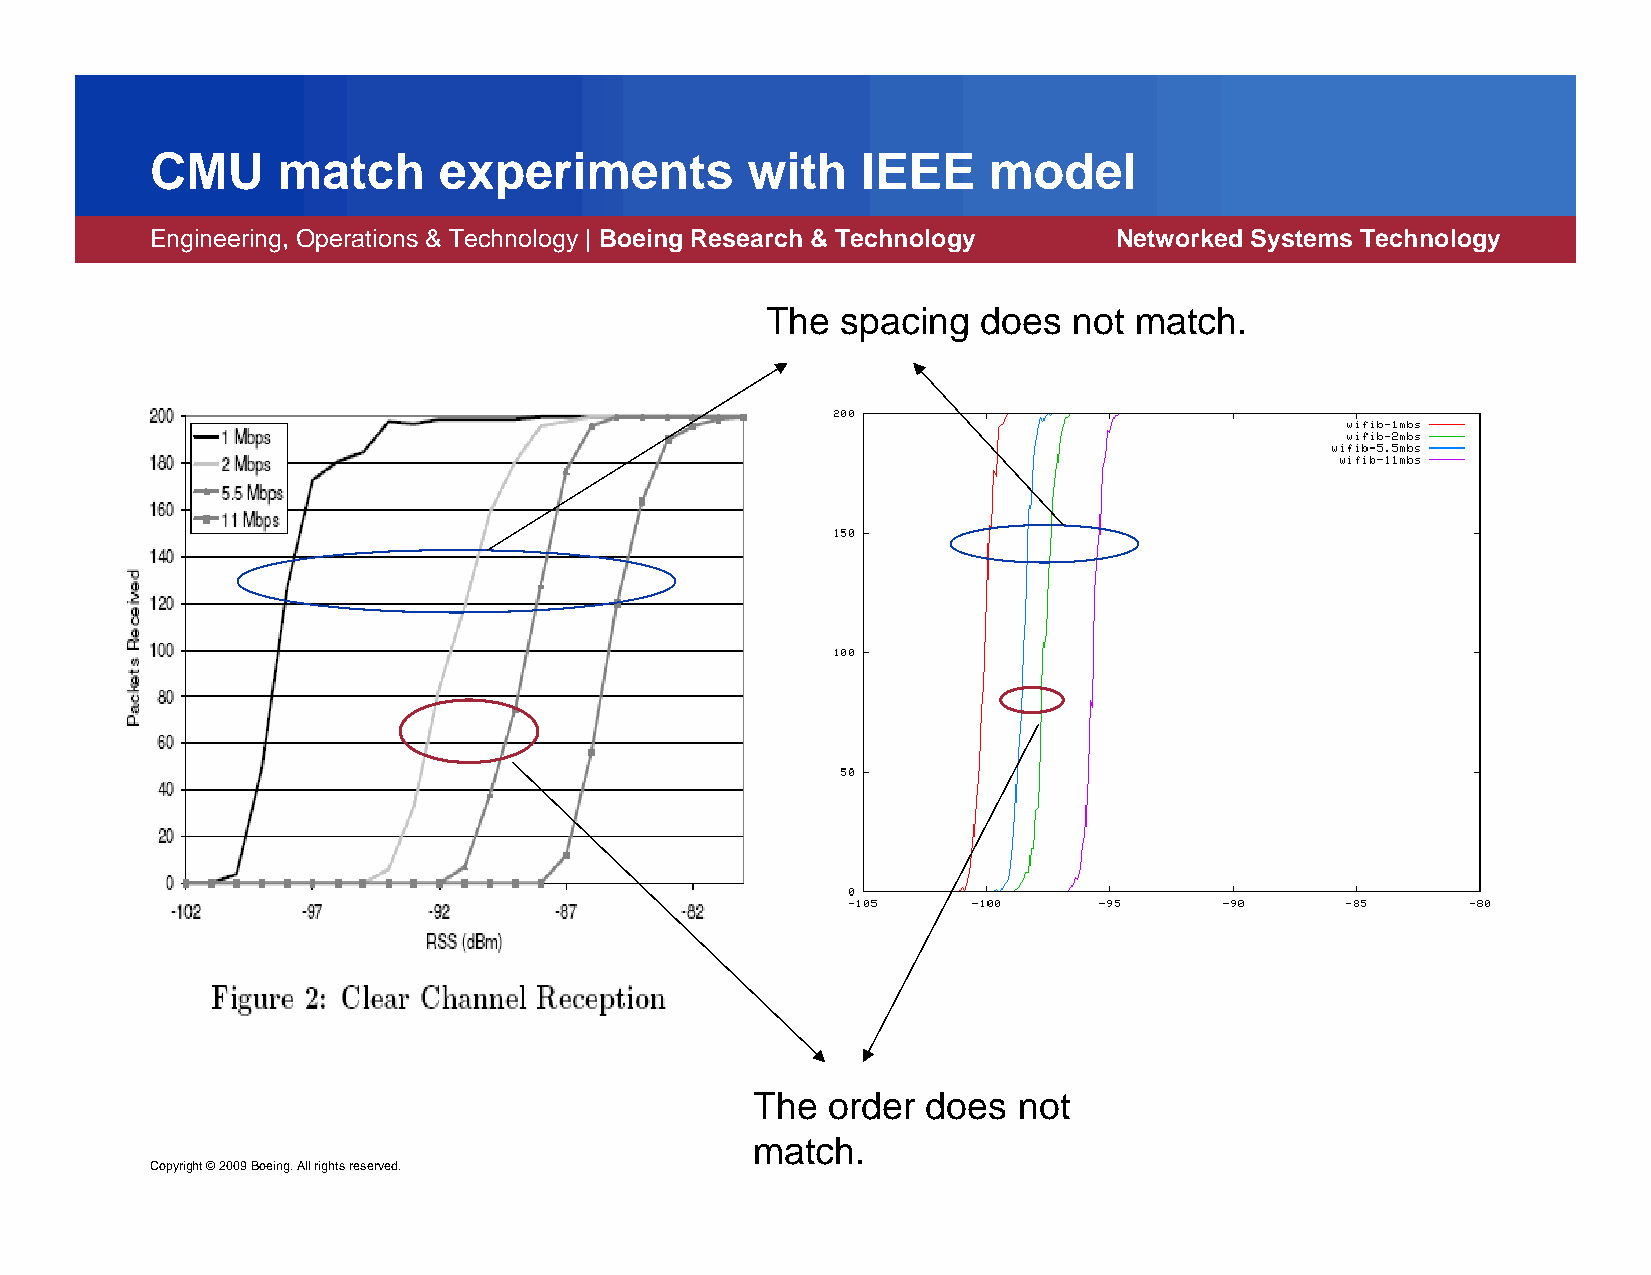
CMU     match      experiments         with    IEEE    model
 Engineering, Operations & Technology | Boeing Research & Technology Networked Systems Technology
 The  spacing  does  not match.
 The  order does  not
 match.
 Copyright ©2009 Boeing. All rights reserved.